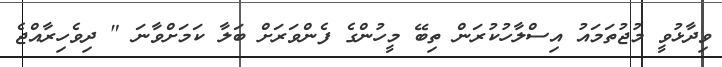
ވިދާޅުވީ މުޖުތަމައު އިސްލާހުކުރަން ތިބޭ މީހުންގެ ފެންވަރަށް ބަލާ ކަމަށްވާނަ " ދިވެހިރާއްޖެ